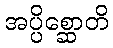
အပ္ပိစ္ဆောတိ